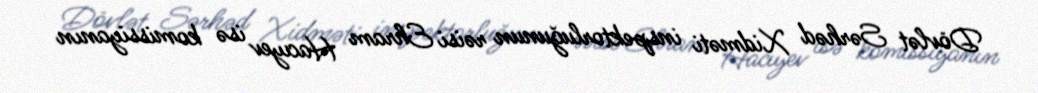
Dövlət Sərhəd Xidməti inspektorluğunun rəisi Ehram Hacıyev isə komissiyanın